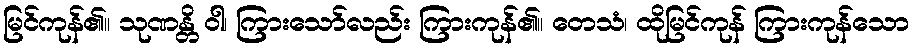
မြင်ကုန်၏။ သုဏန္တိ ဝါ၊ ကြားသော်လည်း ကြားကုန်၏။ တေသံ၊ ထိုမြင်ကုန် ကြားကုန်သော